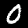
Digit: 0